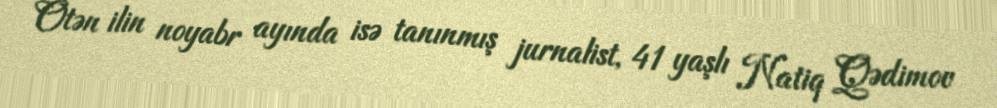
Ötən ilin noyabr ayında isə tanınmış jurnalist, 41 yaşlı Natiq Qədimov